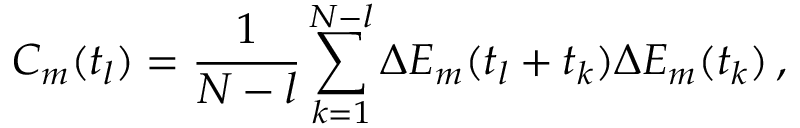
C _ { m } ( t _ { l } ) = \frac { 1 } { N - l } \sum _ { k = 1 } ^ { N - l } \Delta E _ { m } ( t _ { l } + t _ { k } ) \Delta E _ { m } ( t _ { k } ) \, ,